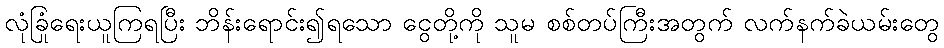
လုံခြုံရေးယူကြရပြီး ဘိန်းရောင်း၍ရသော ငွေတို့ကို သူမ စစ်တပ်ကြီးအတွက် လက်နက်ခဲယမ်းတွေ